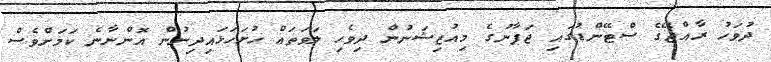
ދުވަހު ރާއްޖޭގެ ސްޓޭންޑުގައި ޖަޕާނުގެ މިއުޒިޝަނުން ދިވެހި ލަވަތައް ހުށަހަޅައިދިނުން އޮންނާނެ ކަމަށްވެސް